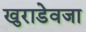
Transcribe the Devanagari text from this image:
खुराडेवजा